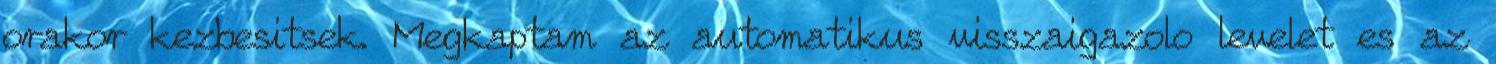
orakor kezbesitsek. Megkaptam az automatikus visszaigazolo levelet es az